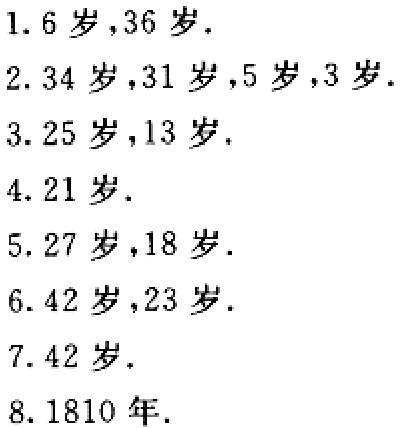
1. 6岁,36岁.

2. 34岁,31岁,5岁,3岁.

3. 25岁,13岁.

4. 21岁.

5. 27岁,18岁.

6. 42岁,23岁.

7. 42岁.

8. 1810年.